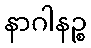
နာဂါနဉ္စ